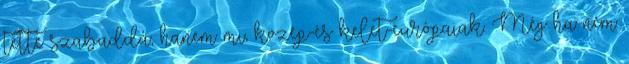
tette szabaddá, hanem mi, közép-és kelet-európaiak. Még ha nem